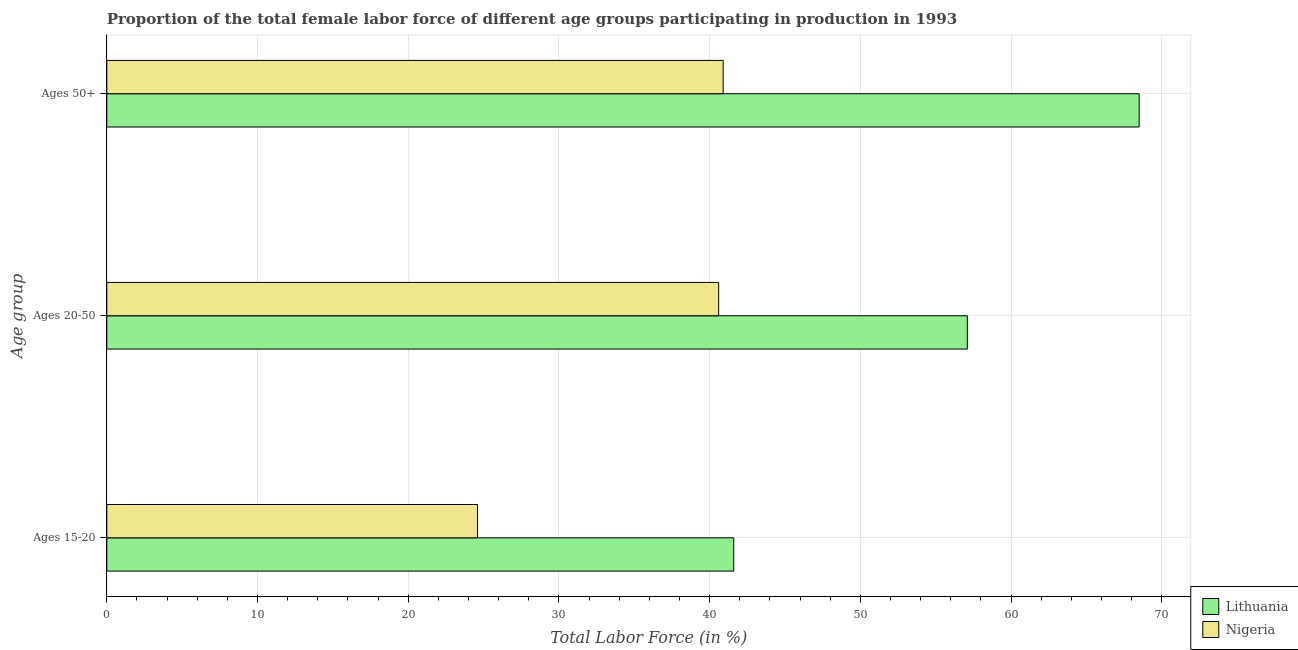
| Age group | Lithuania | Nigeria |
 | --- | --- | --- |
 | Ages 15-20 | 41.6 | 24.6 |
 | Ages 20-50 | 57.1 | 40.6 |
 | Ages 50+ | 68.5 | 40.9 |